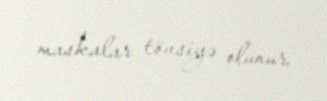
maskalar tövsiyə olunur.